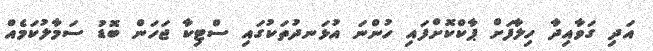
އަދި ގަވާއިދާ ހިލާފަށް ޕާކްކޮށްފައި ހުންނަ އުޅަނދުތަކުގައި ސްޓިކާ ޖަހަން ބޮޑު ސަމާލުކަމެއް